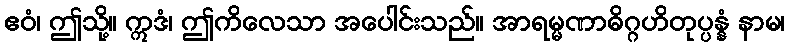
ဧဝံ၊ ဤသို့။ ဣဒံ၊ ဤကိလေသာ အပေါင်းသည်။ အာရမ္မဏာဓိဂ္ဂဟိတုပ္ပန္နံ နာမ၊